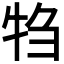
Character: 𬌝